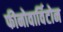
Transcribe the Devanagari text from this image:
फीनोवार्विटोन